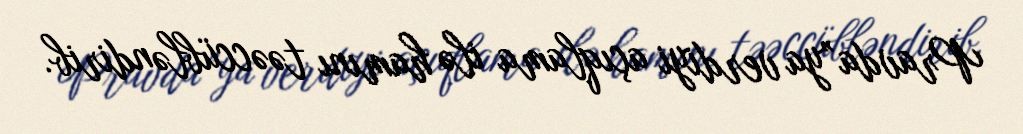
Pravda”ya verdiyi açıqlama ilə hamını təəccübləndirib.